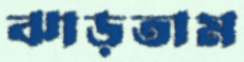
ঝাড়তাম